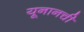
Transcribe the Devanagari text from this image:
यूनानची